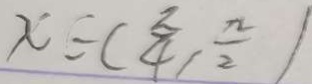
x \in ( \frac { z } { 4 } , \frac { n } { 2 } )